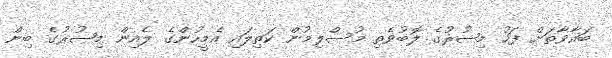
ބަޣާވާތަށް ފަހު މިޞުރުގެ ލޮބުވެތި މުސްލިމުން ކަތިލައި އެމީހުންގެ ލެއިން މިޞުރުގެ ބިން